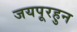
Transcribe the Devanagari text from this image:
जयपूरहुन